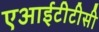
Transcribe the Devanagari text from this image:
एआईटीटीसी